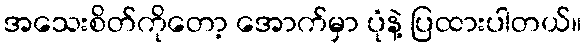
အသေးစိတ်ကိုတော့ အောက်မှာ ပုံနဲ့ ပြထားပါတယ်။